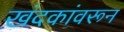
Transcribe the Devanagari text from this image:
खंदकांवरून